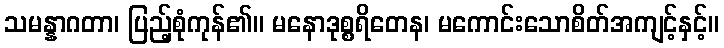
သမန္နာဂတာ၊ ပြည့်စုံကုန်၏။ မနောဒုစ္စရိတေန၊ မကောင်းသောစိတ်အကျင့်နှင့်။